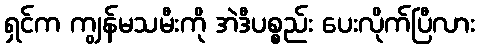
ရှင်က ကျွန်မသမီးကို အဲဒီပစ္စည်း ပေးလိုက်ပြီလား